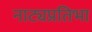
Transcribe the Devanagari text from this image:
नाट्यप्रतिभा